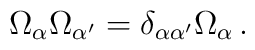
\Omega_{\alpha}\Omega_{\alpha^{\prime}}=\delta_{\alpha\alpha^{\prime}}\Omega_{\alpha}\,.